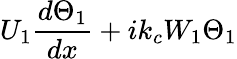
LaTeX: U_{1}\frac{d\Theta_{1}}{dx}+ik_{c}W_{1}\Theta_{1}